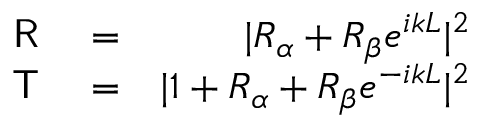
\begin{array} { r l r } { { \sf R } } & { { } = } & { | { \cal R } _ { \alpha } + { \cal R } _ { \beta } e ^ { i k L } | ^ { 2 } } \\ { { \sf T } } & { { } = } & { | 1 + { \cal R } _ { \alpha } + { \cal R } _ { \beta } e ^ { - i k L } | ^ { 2 } } \end{array}